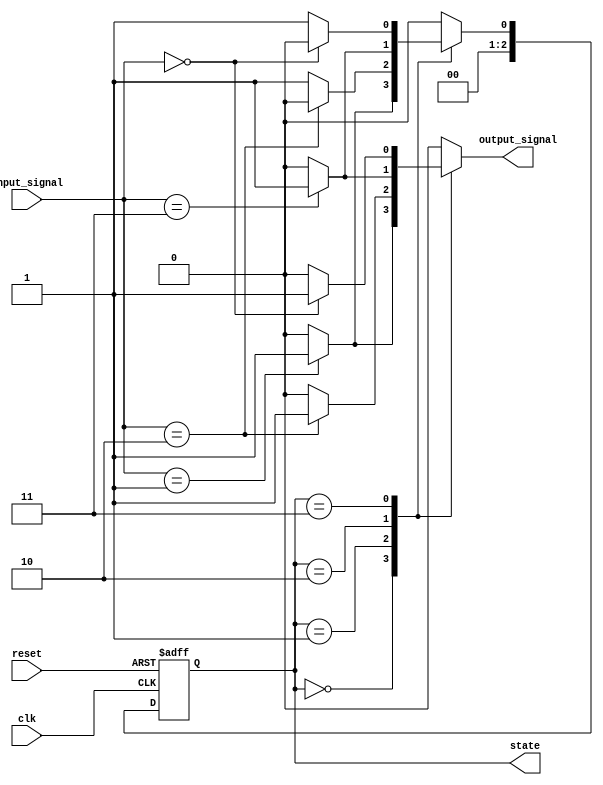
module NBitMealyFSM #(
    parameter N = 3,               // Number of bits for state encoding
    parameter INPUT_WIDTH = 2,     // Width of input signals
    parameter STATE_COUNT = 4       // Number of states (2^N for binary encoding)
)(
    input wire clk,                 // Clock signal
    input wire reset,               // Asynchronous reset signal
    input wire [INPUT_WIDTH-1:0] input_signal, // Input signals
    output reg [N-1:0] state,       // Current state output
    output reg output_signal         // Output signal
);

    // State encoding
    localparam S0 = 3'b000;
    localparam S1 = 3'b001;
    localparam S2 = 3'b010;
    localparam S3 = 3'b011;

    // State transition logic
    always @(*) begin
        case (state)
            S0: begin
                if (input_signal == 2'b01) begin
                    state_next = S1;
                    output_signal = 1'b1; // Example output
                end else begin
                    state_next = S0;
                    output_signal = 1'b0;
                end
            end
            S1: begin
                if (input_signal == 2'b10) begin
                    state_next = S2;
                    output_signal = 1'b1; // Example output
                end else begin
                    state_next = S1;
                    output_signal = 1'b0;
                end
            end
            S2: begin
                if (input_signal == 2'b11) begin
                    state_next = S3;
                    output_signal = 1'b1; // Example output
                end else begin
                    state_next = S2;
                    output_signal = 1'b0;
                end
            end
            S3: begin
                if (input_signal == 2'b00) begin
                    state_next = S0;
                    output_signal = 1'b1; // Example output
                end else begin
                    state_next = S3;
                    output_signal = 1'b0;
                end
            end
            default: begin
                state_next = S0;
                output_signal = 1'b0;
            end
        endcase
    end

    // State register
    always @(posedge clk or posedge reset) begin
        if (reset) begin
            state <= S0; // Initialize to state S0 on reset
        end else begin
            state <= state_next; // Update state on clock edge
        end
    end

endmodule